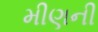
મીણની